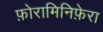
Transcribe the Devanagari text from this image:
फ़ोरामिनिफ़ेरा